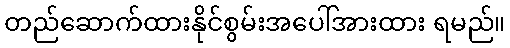
တည်ဆောက်ထားနိုင်စွမ်းအပေါ်အားထား ရမည်။